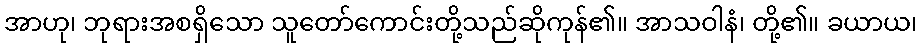
အာဟု၊ ဘုရားအစရှိသော သူတော်ကောင်းတို့သည်ဆိုကုန်၏။ အာသဝါနံ၊ တို့၏။ ခယာယ၊